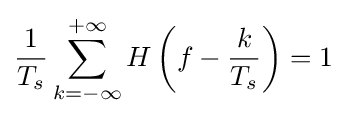
{\frac {1}{T_{s}}}\sum _{k=-\infty }^{+\infty }H\left(f-{\frac {k}{T_{s}}}\right)=1